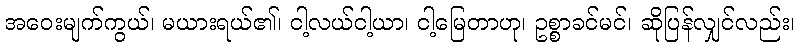
အဝေးမျက်ကွယ်၊ မယားရယ်၏၊ ငါ့လယ်ငါ့ယာ၊ ငါ့မြေတာဟု၊ ဥစ္စာခင်မင်၊ ဆိုပြန်လျှင်လည်း၊